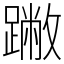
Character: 䠥